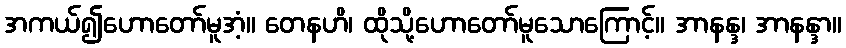
အကယ်၍ဟောတော်မူအံ့။ တေနဟိ၊ ထိုသို့ဟောတော်မူသောကြောင့်။ အာနန္ဒ၊ အာနန္ဒာ။